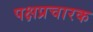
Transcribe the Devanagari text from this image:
पक्षप्रचारक